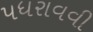
પધરાવવી